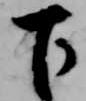
下